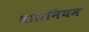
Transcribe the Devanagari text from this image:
बालनियम